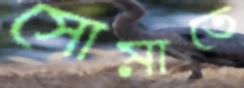
সোমাতে